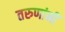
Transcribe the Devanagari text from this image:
तरुणांनीं